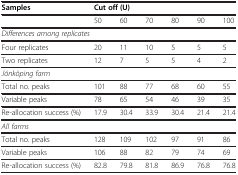
<table><thead><tr><td><b>Samples</b></td><td colspan="6"><b>Cut off (U)</b></td></tr></thead><tbody><tr><td> </td><td>50</td><td>60</td><td>70</td><td>80</td><td>90</td><td>100</td></tr><tr><td> </td><td colspan="7"><i>Differences among replicates</i></td></tr><tr><td>Four replicates</td><td>20</td><td>11</td><td>10</td><td>5</td><td>5</td><td>5</td><td> </td></tr><tr><td>Two replicates</td><td>12</td><td>7</td><td>5</td><td>5</td><td>4</td><td>2</td><td> </td></tr><tr><td> </td><td colspan="7"><i>Jönköping farm</i></td></tr><tr><td>Total no. peaks</td><td>101</td><td>88</td><td>77</td><td>68</td><td>60</td><td>55</td><td> </td></tr><tr><td>Variable peaks</td><td>78</td><td>65</td><td>54</td><td>46</td><td>39</td><td>35</td><td> </td></tr><tr><td>Re-allocation success (%)</td><td>17.9</td><td>30.4</td><td>33.9</td><td>30.4</td><td>21.4</td><td>21.4</td><td> </td></tr><tr><td> </td><td colspan="7"><i>All farms</i></td></tr><tr><td>Total no. peaks</td><td>128</td><td>109</td><td>102</td><td>97</td><td>91</td><td>86</td><td> </td></tr><tr><td>Variable peaks</td><td>106</td><td>88</td><td>82</td><td>79</td><td>74</td><td>69</td><td> </td></tr><tr><td>Re-allocation success (%)</td><td>82.8</td><td>79.8</td><td>81.8</td><td>86.9</td><td>76.8</td><td>76.8</td><td> </td></tr></tbody></table>